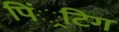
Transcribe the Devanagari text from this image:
पिं्रटिग